Indian journal of veterinary science and animal husbandry - Volumes 15-17, 1948-1951
Year: 1948
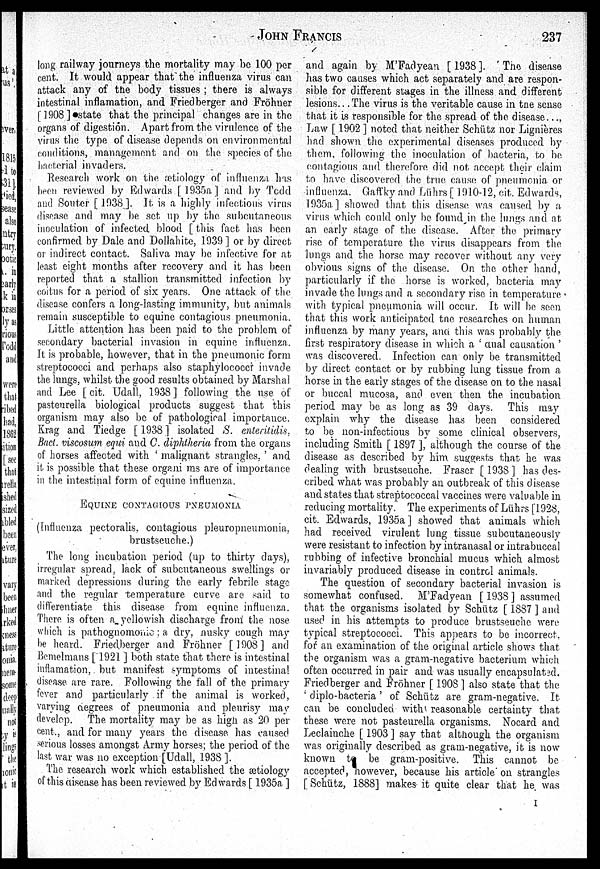
JOHN
FRANCIS
237
long railway journeys the mortality may be 100 per
cent. It would appear that the influenza virus can
attack any of the body tissues ; there is always
intestinal inflamation, and Friedberger and Fröhner
[1908] state that the principal changes are in the
organs of digestion. Apart from the virulence of the
virus the type of disease depends on environmental
conditions, management and on the species of the
bacterial invaders.
Research work on the ætiology of influenza has
been reviewed by Edwards [1935a] and by Todd
and Souter [1938]. It is a highly infectious virus
disease and may be set up by the subcutaneous
inoculation of infected blood [this fact has been
confirmed by Dale and Dollahite, 1939 ] or by direct
or indirect contact. Saliva may be infective for at
least eight months after recovery and it has been
reported that a stallion transmitted infection by
coitus for a period of six years. One attack of the
disease confers a long-lasting immunity, but animals
remain susceptible to equine contagious pneumonia.
Little attention has been paid to the problem of
secondary bacterial invasion in equine influenza.
It is probable, however, that in the pneumonic form
streptococci and perhaps also staphylococcr invade
the lungs, whilst the good results obtained by Marshal
and Lee [ cit. Udall, 1938] following the use of
pasteurella biological products suggest that this
organism may also be of pathological importance.
Krag and Tiedge [1938] isolated S. enteritidis,
Bact. viscosum equi and C. diphtheria from the organs
of horses affected with ' malignant strangles. ' and
it is possible that these organi ms are of importance
in the intestinal form of equine influenza.
EQUINE CONTAGIOUS PNEUMONIA
(Influenza pectoralis. contagious pleuropneumonia,
brustseuche.)
The long incubation period (up to thirty days),
irregular spread, lack of subcutaneous swellings or
marked depressions during the early febrile stage
and the regular temperature curve are said to
differentiate this disease from equine influenza.
There is often a yellowish discharge from the nose
which is pathognomonic a dry, nusky cough may
be heard. Friedberger and Fröhner [1908] and
Bemelmans [1921 ] both state that there is intestinal
inflamation,. but manifest symptoms of intestinal
disease are rare. Following the fall of the primary
fever and particularly if the animal is worked,
varying degrees of pneumonia and pleurisy may
develop. The mortality may be as high as 20 per
cent., and for many years the disease has caused
serious losses amongst Army horses; the period of the
last war was no exception [Udall, 1938 ].
The research work which established the ætiology
of this disease has been reviewed by Edwards [ 1935a ]
and again by M'Fadyean [1938]. The disease
has two causes which act separately and are respon-
sible for different stages in the illness and different
lesions... The virus is the veritable cause in the sense
that it is responsible for the spread of the disease...,
Law [ 1902 ] noted that neither Schütz nor Lignières
had shown the experimental diseases produced by
them, following the inoculation of bacteria, to be
contagious and therefore did not accept their claim
to have discovered the true, cause of pneumonia or
influenza. Gaffky and Lührs [ 1910-12, cit. Edwards,
1935a] showed that this disease was caused by a.
virus which could only be found in the lungs and at
an early stage of the disease. After the primary
rise of temperature the virus disappears from the
lungs and the horse may recover without any very
obvious signs of the disease. On the other hand,
particularly if the horse is worked, bacteria may
invade the lungs and a secondary rise in temperature
with typical pneumonia will occur. It will be seen
that this work anticipated the researches on human
influenza by many years, and this was probably the
first respiratory disease in which a ' dual causation '
was discovered. Infection can only be transmitted
by direct contact or by rubbing lung tissue from a
horse in the early stages of the disease on to the nasal
or buccal mucosa, and even then the incubation
period may be as long as 39 days. This may
explain why the disease has been considered
to be non-infectious by some clinical observers,
including Smith [ 1897 ], although the course of the
disease as described by him suggests that he was
dealing with brustseuche. Fraser [ 1938 ] has des-
cribed what was probably an outbreak of this disease
and states that streptococcal vaccines were valuable in
reducing mortality. The experiments of Lührs [1928,
cit. Edwards, 1935a] showed that animals which
had received virulent lung tissue subcutaneously
were resistant to infection by intranasal or intrabuccal
rubbing of infective bronchial mucus which almost
invariably produced disease in control animals.
The question of secondary bacterial invasion is
somewhat confused. M'Fadyean [ 1938] assumed
that the organisms isolated by Schütz [ 1887 ] and
used in his attempts to produce brustseuche were
typical streptococci. This appears to be incorrect
for an examination of the original article shows that
the organism was a gram-negative bacterium which
often occurred in pair and was usually encapsulated.
Friedberger and Fröhner [ 1908] also state that the
' diplo-bacteria' of Schütz are gram-negative. It
can be concluded with reasonable certainty that
these were not pasteurella organisms. Nocard and
Leclainche [ 1903 ] say that although the organism
was originally described as gram-negative, it is now
known to be gram-positive. This cannot be
accepted, however, because his article on strangles
[ Schütz, 1888] makes it quite clear that he was
I